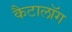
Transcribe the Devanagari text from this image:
कैटालॉग